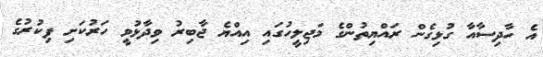
އެ ހާދިސާއާ ގުޅިގެން ރައްޔިތުންގެ މަޖިލީހުގައި އިއްޔެ ޖާބިރު ވިދާޅުވީ ހަރުކަށި ފިކުރުގެ